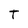
Character: T